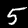
Label: 5